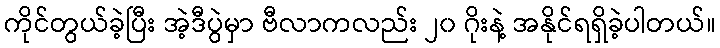
ကိုင်တွယ်ခဲ့ပြီး အဲ့ဒီပွဲမှာ ဗီလာကလည်း ၂၀ ဂိုးနဲ့ အနိုင်ရရှိခဲ့ပါတယ်။